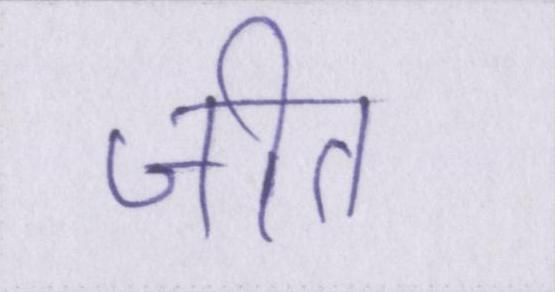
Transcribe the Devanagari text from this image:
जीत